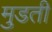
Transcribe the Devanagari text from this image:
मुडती